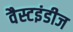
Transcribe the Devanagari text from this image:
वैस्टइंडीज